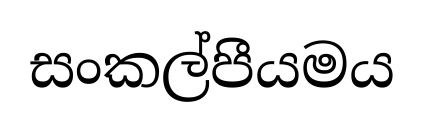
සංකල්පීයමය